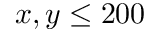
x , y \leq 2 0 0